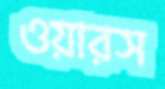
ওয়ারস